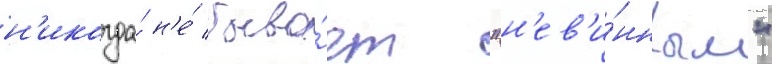
н'икогда́ н'е́ быва́ет "н'ев'и́нным"